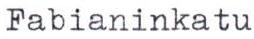
Fabianinkatu